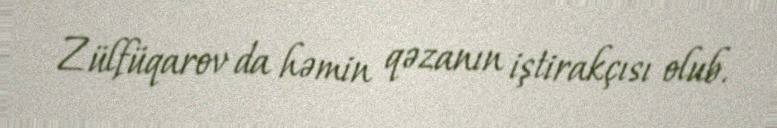
Zülfüqarov da həmin qəzanın iştirakçısı olub.